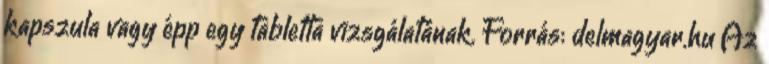
kapszula vagy épp egy tabletta vizsgálatának. Forrás: delmagyar.hu Az